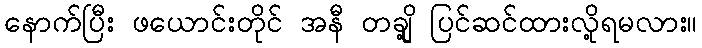
နောက်ပြီး ဖယောင်းတိုင် အနီ တချို့ ပြင်ဆင်ထားလို့ရမလား။